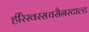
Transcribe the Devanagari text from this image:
हीरेस्वरसचसैनस्टाल्ट